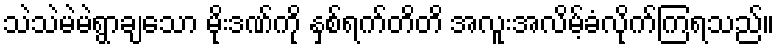
သဲသဲမဲမဲရွာချသော မိုးဒဏ်ကို နှစ်ရက်တိတိ အလူးအလိမ့်ခံလိုက်ကြရသည်။